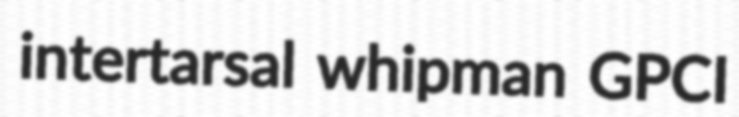
intertarsal whipman GPCI